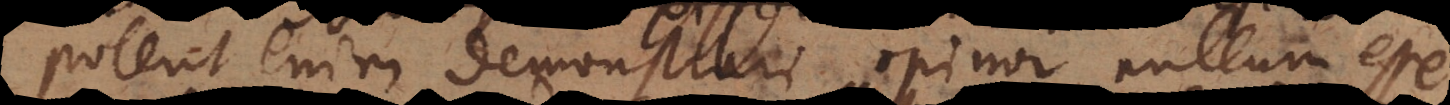
Poterit enim demonstrari opinor nullum esse